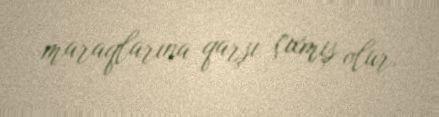
maraqlarına qarşı çıxmış olur.